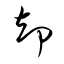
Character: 却